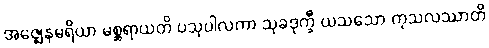
အဇ္ဈေနမရိယာ မစ္ဆရာယတိ ပသုပါလကာ သုခဒုက္ခီ ယသသော ကုသလဿာတိ